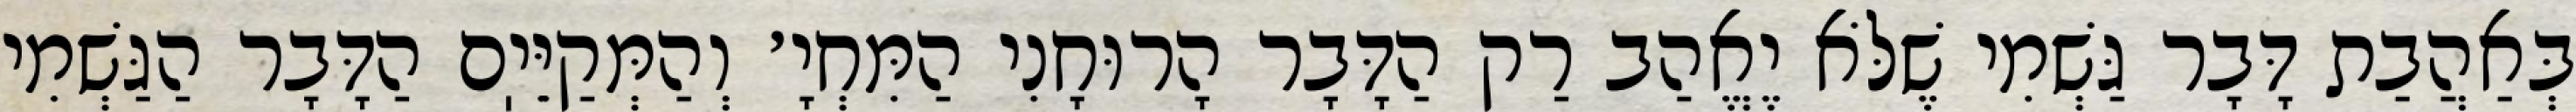
בְּאַהֲבַת דָּבָר גַּשְׁמִי שֶׁלֹּא יֶאֱהַב רַק הַדָּבָר הָרוּחָנִי הַמִּחְיָ׳ וְהַמְּקַיֵּיֽם הַדָּבָר הַגַּשְׁמִי